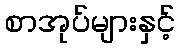
စာအုပ်များနှင့်